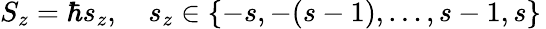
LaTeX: S_{z}=\hbar s_{z},\quad s_{z}\in\{ -s,-(s-1),\dots,s-1,s\} \,